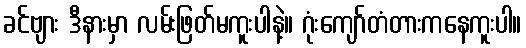
ခင်ဗျား ဒီနားမှာ လမ်းဖြတ်မကူးပါနဲ့။ ဂုံးကျော်တံတားကနေကူးပါ။